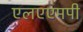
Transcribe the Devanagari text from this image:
एलएएमपी